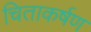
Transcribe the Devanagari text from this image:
चिताकर्षण